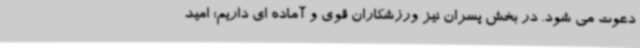
دعوت می شود. در بخش پسران نیز ورزشکاران قوی و آماده ای داریم؛ امید